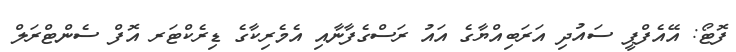
ފޮޓޯ: އޭއެފްޕީ ސައުދި އަރަބިއްޔާގެ އައު ރަސްގެފާނާއި އެމެރިކާގެ ޑިރެކްޓަރ އޮފް ސެންޓްރަލް